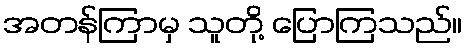
အတန်ကြာမှ သူတို့ ပြောကြသည်။